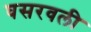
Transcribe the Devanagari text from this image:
घसरवली